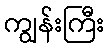
ကျွန်းကြီး